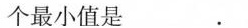
个最小值是 .